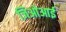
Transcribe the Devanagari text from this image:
जिओआई